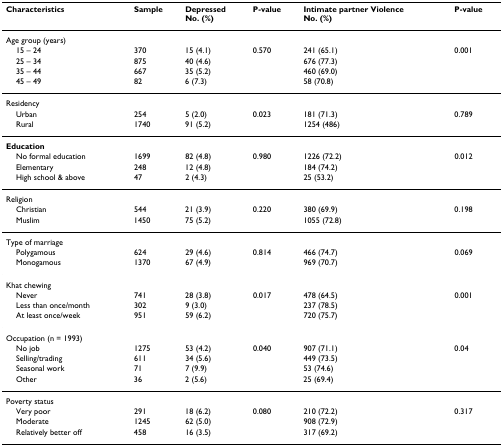
<table><thead><tr><td><b>Characteristics</b></td><td><b>Sample</b></td><td><b>DepressedNo. (%)</b></td><td><b>P-value</b></td><td><b>Intimate partner ViolenceNo. (%)</b></td><td><b>P-value</b></td></tr></thead><tbody><tr><td>Age group (years)</td><td></td><td></td><td></td><td></td><td></td></tr><tr><td> 15 – 24</td><td>370</td><td>15 (4.1)</td><td>0.570</td><td>241 (65.1)</td><td>0.001</td></tr><tr><td> 25 – 34</td><td>875</td><td>40 (4.6)</td><td></td><td>676 (77.3)</td><td></td></tr><tr><td> 35 – 44</td><td>667</td><td>35 (5.2)</td><td></td><td>460 (69.0)</td><td></td></tr><tr><td> 45 – 49</td><td>82</td><td>6 (7.3)</td><td></td><td>58 (70.8)</td><td></td></tr><tr><td>Residency</td><td></td><td></td><td></td><td></td><td></td></tr><tr><td> Urban</td><td>254</td><td>5 (2.0)</td><td>0.023</td><td>181 (71.3)</td><td>0.789</td></tr><tr><td> Rural</td><td>1740</td><td>91 (5.2)</td><td></td><td>1254 (486)</td><td></td></tr><tr><td><b>Education</b></td><td></td><td></td><td></td><td></td><td></td></tr><tr><td> No formal education</td><td>1699</td><td>82 (4.8)</td><td>0.980</td><td>1226 (72.2)</td><td>0.012</td></tr><tr><td> Elementary</td><td>248</td><td>12 (4.8)</td><td></td><td>184 (74.2)</td><td></td></tr><tr><td> High school &amp; above</td><td>47</td><td>2 (4.3)</td><td></td><td>25 (53.2)</td><td></td></tr><tr><td>Religion</td><td></td><td></td><td></td><td></td><td></td></tr><tr><td> Christian</td><td>544</td><td>21 (3.9)</td><td>0.220</td><td>380 (69.9)</td><td>0.198</td></tr><tr><td> Muslim</td><td>1450</td><td>75 (5.2)</td><td></td><td>1055 (72.8)</td><td></td></tr><tr><td>Type of marriage</td><td></td><td></td><td></td><td></td><td></td></tr><tr><td> Polygamous</td><td>624</td><td>29 (4.6)</td><td>0.814</td><td>466 (74.7)</td><td>0.069</td></tr><tr><td> Monogamous</td><td>1370</td><td>67 (4.9)</td><td></td><td>969 (70.7)</td><td></td></tr><tr><td>Khat chewing</td><td></td><td></td><td></td><td></td><td></td></tr><tr><td> Never</td><td>741</td><td>28 (3.8)</td><td>0.017</td><td>478 (64.5)</td><td>0.001</td></tr><tr><td> Less than once/month</td><td>302</td><td>9 (3.0)</td><td></td><td>237 (78.5)</td><td></td></tr><tr><td> At least once/week</td><td>951</td><td>59 (6.2)</td><td></td><td>720 (75.7)</td><td></td></tr><tr><td>Occupation (n = 1993)</td><td></td><td></td><td></td><td></td><td></td></tr><tr><td> No job</td><td>1275</td><td>53 (4.2)</td><td>0.040</td><td>907 (71.1)</td><td>0.04</td></tr><tr><td> Selling/trading</td><td>611</td><td>34 (5.6)</td><td></td><td>449 (73.5)</td><td></td></tr><tr><td> Seasonal work</td><td>71</td><td>7 (9.9)</td><td></td><td>53 (74.6)</td><td></td></tr><tr><td> Other</td><td>36</td><td>2 (5.6)</td><td></td><td>25 (69.4)</td><td></td></tr><tr><td>Poverty status</td><td></td><td></td><td></td><td></td><td></td></tr><tr><td> Very poor</td><td>291</td><td>18 (6.2)</td><td>0.080</td><td>210 (72.2)</td><td>0.317</td></tr><tr><td> Moderate</td><td>1245</td><td>62 (5.0)</td><td></td><td>908 (72.9)</td><td></td></tr><tr><td> Relatively better off</td><td>458</td><td>16 (3.5)</td><td></td><td>317 (69.2)</td><td></td></tr></tbody></table>